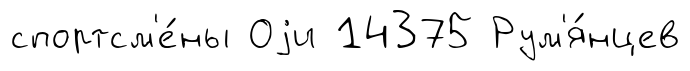
спортсм'е́ны Оjи 14375 Рум'я́нцев